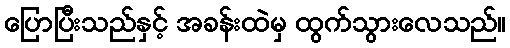
ပြောပြီးသည်နှင့် အခန်းထဲမှ ထွက်သွားလေသည်။